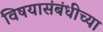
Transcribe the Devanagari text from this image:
विषयासंबंधीच्या